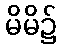
မိမိ၌